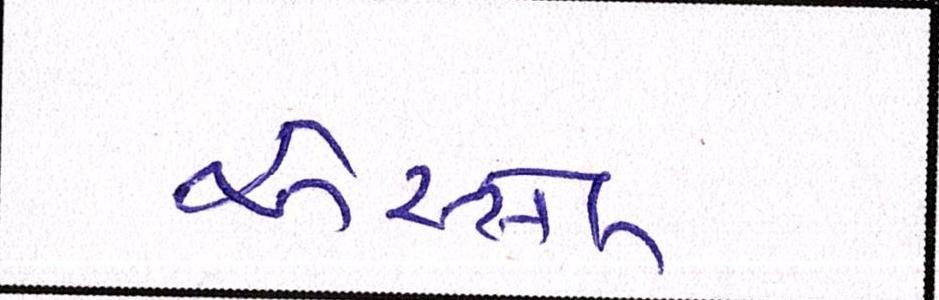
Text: એસ્સેલ